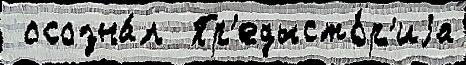
 осозна́л  Пр'едысто́р'иjа